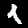
Digit: 1